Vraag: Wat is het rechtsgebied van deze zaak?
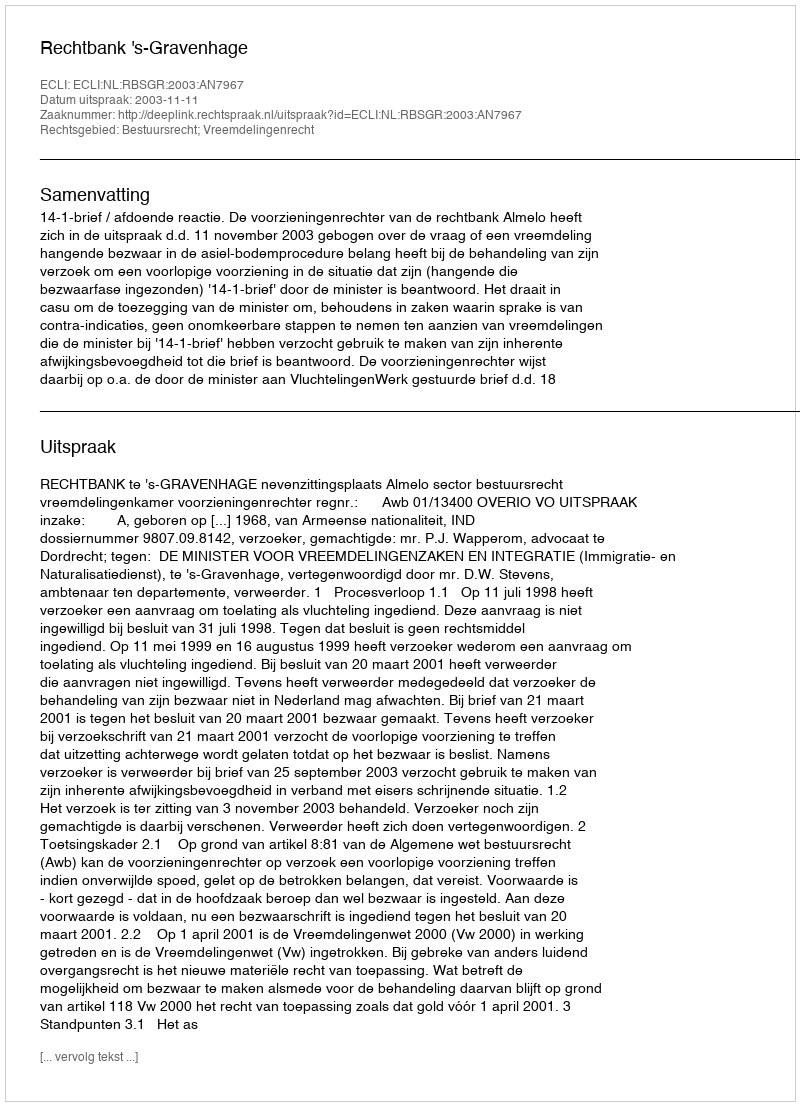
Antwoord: Bestuursrecht; Vreemdelingenrecht